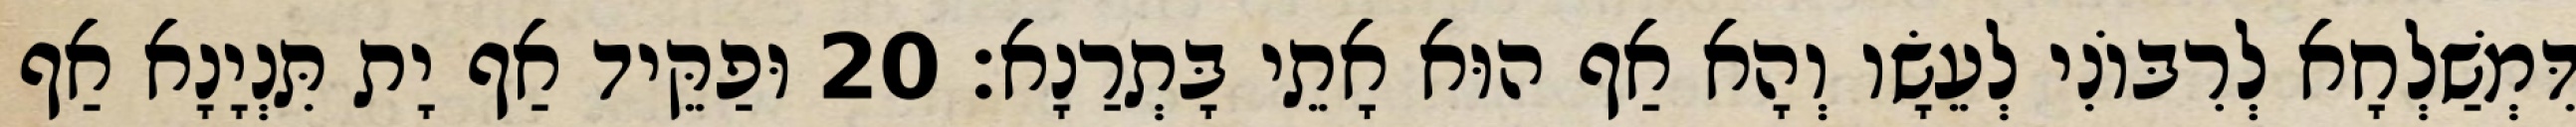
דִּמְשַׁלְחָא לְרִבּוֹנִי לְעֵשָׂו וְהָא אַף הוּא אָתֵי בָּתְרַנָא׃ 20 וּפַקֵּיד אַף יָת תִּנְיָנָא אַף